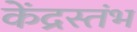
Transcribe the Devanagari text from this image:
केंद्रस्तंभ